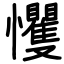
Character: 戄